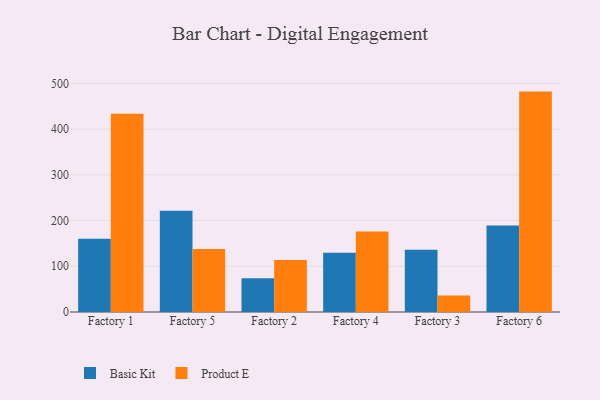
{"axis": {"x": "Factory", "y": "Bounce Rate (%)"}, "legend": ["Basic Kit", "Product E"], "data": [{"x": "Factory 1", "y": 160.3, "type": "Basic Kit"}, {"x": "Factory 1", "y": 433.6, "type": "Product E"}, {"x": "Factory 5", "y": 221.4, "type": "Basic Kit"}, {"x": "Factory 5", "y": 137.9, "type": "Product E"}, {"x": "Factory 2", "y": 74.0, "type": "Basic Kit"}, {"x": "Factory 2", "y": 113.9, "type": "Product E"}, {"x": "Factory 4", "y": 129.7, "type": "Basic Kit"}, {"x": "Factory 4", "y": 175.9, "type": "Product E"}, {"x": "Factory 3", "y": 136.0, "type": "Basic Kit"}, {"x": "Factory 3", "y": 36.2, "type": "Product E"}, {"x": "Factory 6", "y": 189.1, "type": "Basic Kit"}, {"x": "Factory 6", "y": 482.1, "type": "Product E"}]}